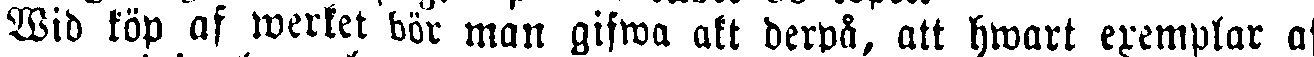
Wid köp af werket bör man gifwa akt derpå, att hwart exemplar af